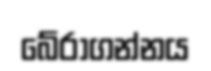
බේරාගන්නය